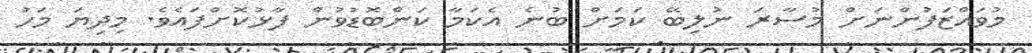
މުވައްޒަފުންނަށް މުސާރަ ނުލިބޭ ކަމަށް ބުނެ އެކަމާ ކަންބޮޑުވުން ފާޅުކޮށްފައެވެ. މިދިޔަ މަހު